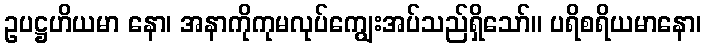
ဥပဋ္ဌဟိယမာ နော၊ အနာကိုကုမလုပ်ကျွေးအပ်သည်ရှိသော်။ ပရိစရိယမာနော၊